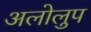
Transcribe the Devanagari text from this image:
अलोलुप